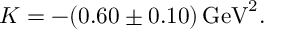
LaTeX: K = - ( 0 . 6 0 \pm 0 . 1 0 ) \, \mathrm { G e V } ^ { 2 } .